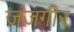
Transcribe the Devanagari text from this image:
जंजगीर